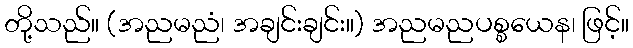
တို့သည်။ (အညမညံ၊ အချင်းချင်း။) အညမညပစ္စယေန၊ ဖြင့်။